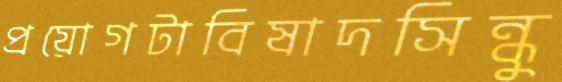
প্রয়োগটাবিষাদসিন্ধু